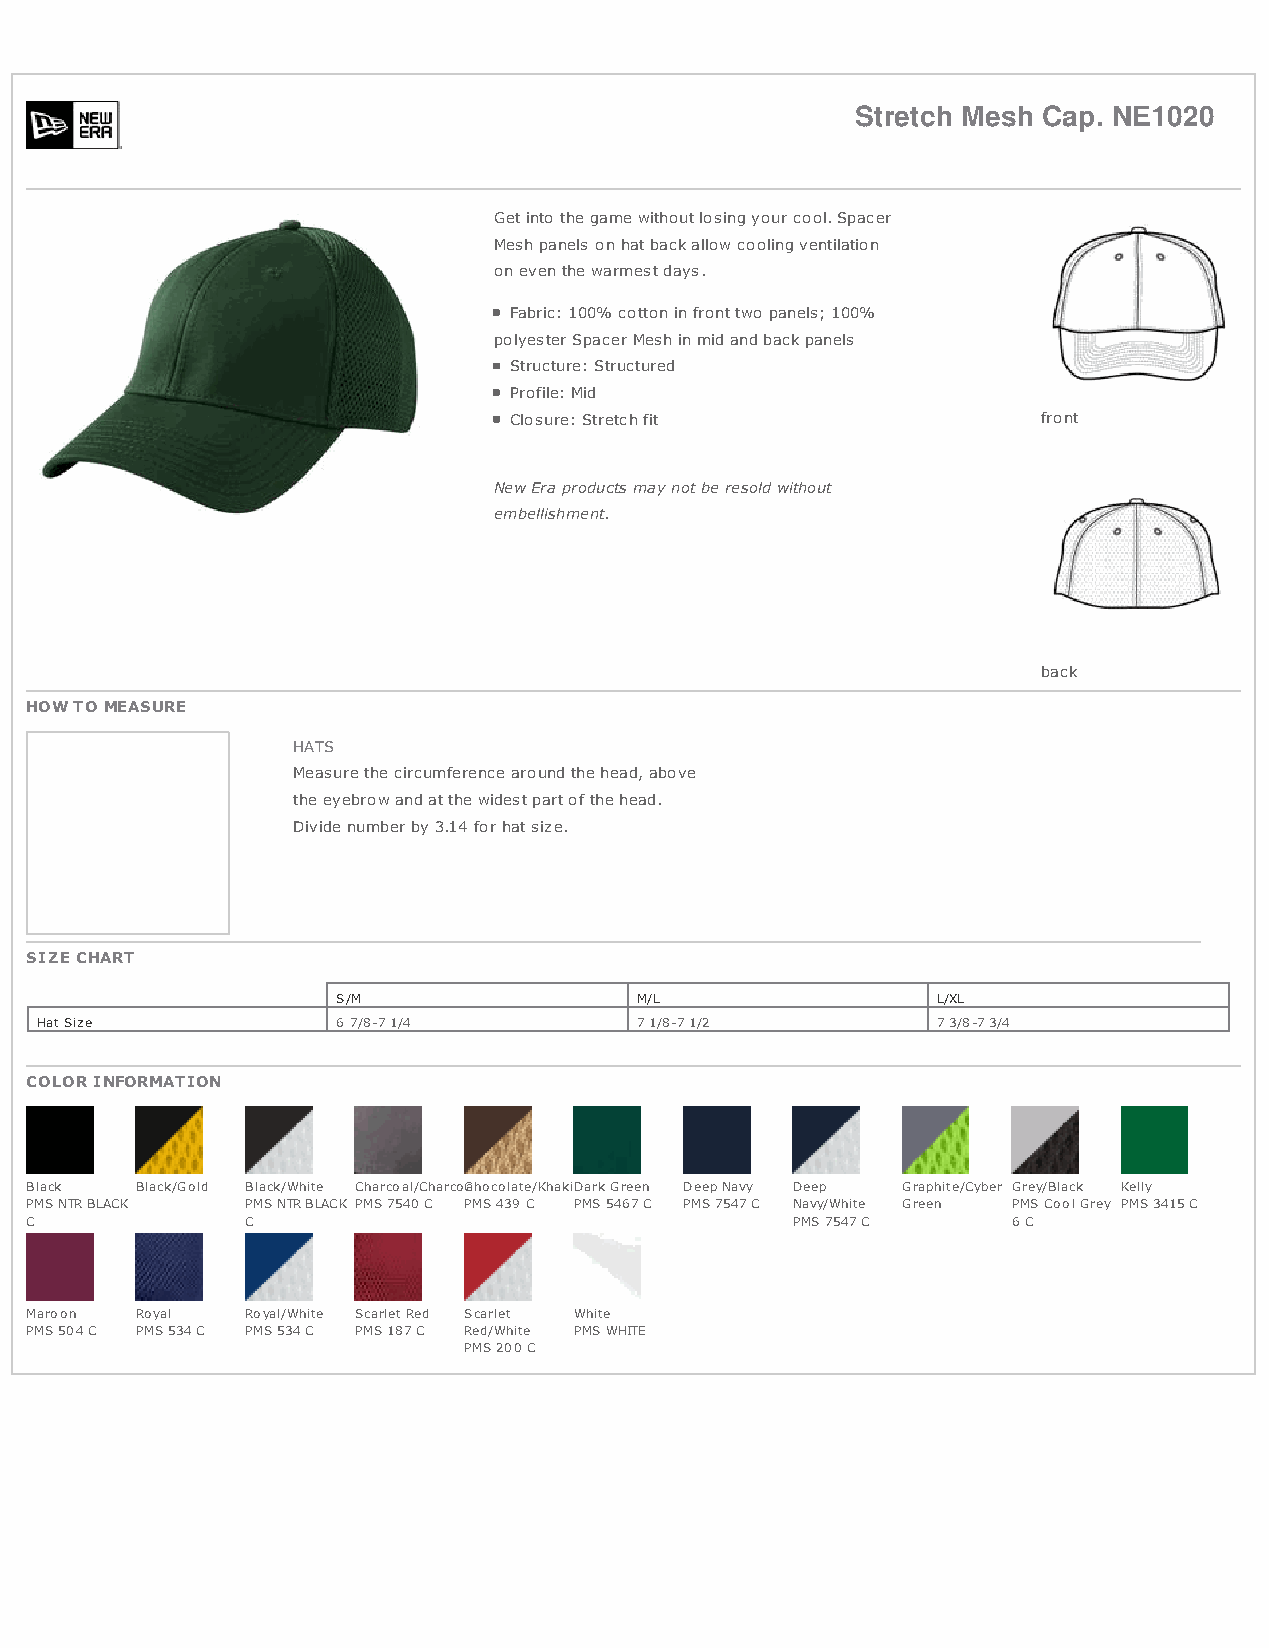
Stretch Mesh Cap. NE1020
 Get into the game without losing your cool. Spacer
 Mesh panels on hat back allow cooling ventilation
 on even the warmest days.
 Fabric: 100% cotton in front two panels; 100%
 polyester Spacer Mesh in mid and back panels
 Structure: Structured
 Profile: Mid
 Closure: Stretch fit               front
 New Era products may not be resold without
 embellishment.
 back
 HOW TO MEASURE
 HATS
 Measure the circumference around the head, above
 the eyebrow and at the widest part of the head.
 Divide number by 3.14 for hat size.
 SIZE CHART
 S/M                 M/L                 L/XL
 Hat Size            6 7/8-7 1/4         7 1/8-7 1/2         7 3/8-7 3/4
 COLOR INFORMATION
 Black  Black/Gold Black/White Charcoal/CharcoCalhocolate/KhakiDark Green Deep Navy Deep Graphite/Cyber Grey/Black Kelly
 PMS NTR BLACK PMS NTR BLACK PMS 7540 C PMS 439 C PMS 5467 C PMS 7547 C Navy/White Green PMS Cool Grey PMS 3415 C
 C             C                                   PMS 7547 C     6 C
 Maroon Royal  Royal/White Scarlet Red Scarlet White
 PMS 504 C PMS 534 C PMS 534 C PMS 187 C Red/White PMS WHITE
 PMS 200 C